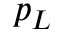
p _ { L }